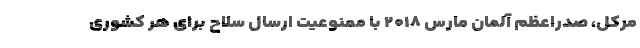
مرکل، صدراعظم آلمان مارس ۲۰۱۸ با ممنوعیت ارسال سلاح برای هر کشوری